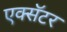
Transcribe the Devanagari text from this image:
एक्सॅटर